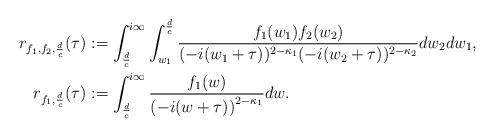
LaTeX: \begin{align*}r_{f_1,f_2,\frac{d}{c}}(\tau) &:= \int_{\frac{d}{c}}^{i\infty} \int_{w_1}^{\frac{d}{c}} \frac{f_1(w_1) f_2(w_2)}{(-i(w_1+\tau))^{2-\kappa_1} (-i(w_2+\tau))^{2-\kappa_2}} dw_2 dw_1,\\r_{f_1, \frac dc}(\tau)&:=\int_{\frac dc}^{i\infty}\frac{f_1(w)}{\left(-i(w+\tau)\right)^{2-\kappa_1}}dw.\end{align*}